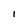
Character: l